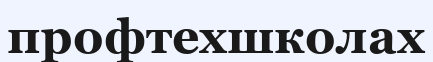
профтехшколах